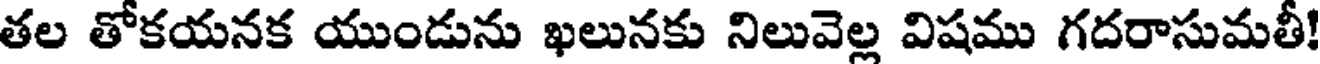
తల తోకయనక యుండును ఖలునకు నిలువెల్ల విషము గదరాసుమతీ